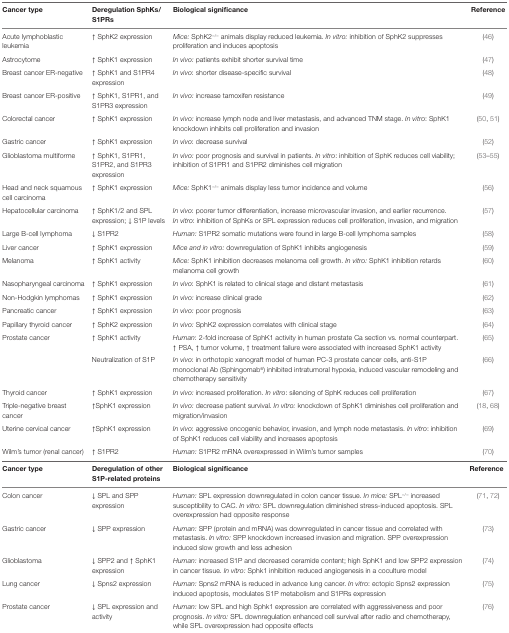
<table><thead><tr><td><b>Cancer type</b></td><td><b>Deregulation SphKs/S1PRs</b></td><td><b>Biological significance</b></td><td><b>Reference</b></td></tr></thead><tbody><tr><td>Acute lymphoblastic leukemia</td><td>↑ SphK2 expression</td><td><i>Mice</i>: SphK2<sup>−/−</sup> animals display reduced leukemia. <i>In vitro</i>: inhibition of SphK2 suppresses proliferation and induces apoptosis</td><td>(46)</td></tr><tr><td>Astrocytome</td><td>↑ SphK1 expression</td><td><i>In vivo</i>: patients exhibit shorter survival time</td><td>(47)</td></tr><tr><td>Breast cancer ER-negative</td><td>↑ SphK1 and S1PR4 expression</td><td><i>In vivo</i>: shorter disease-specific survival</td><td>(48)</td></tr><tr><td>Breast cancer ER-positive</td><td>↑ SphK1, S1PR1, and S1PR3 expression</td><td><i>In vivo</i>: increase tamoxifen resistance</td><td>(49)</td></tr><tr><td>Colorectal cancer</td><td>↑ SphK1 expression</td><td><i>In vivo</i>: increase lymph node and liver metastasis, and advanced TNM stage. <i>In vitro</i>: SphK1 knockdown inhibits cell proliferation and invasion</td><td>(50, 51)</td></tr><tr><td>Gastric cancer</td><td>↑ SphK1 expression</td><td><i>In vivo</i>: decrease survival</td><td>(52)</td></tr><tr><td>Glioblastoma multiforme</td><td>↑ SphK1, S1PR1, S1PR2, and S1PR3 expression</td><td><i>In vivo</i>: poor prognosis and survival in patients. <i>In vitro</i>: inhibition of SphK reduces cell viability; inhibition of S1PR1 and S1PR2 diminishes cell migration</td><td>(53–55)</td></tr><tr><td>Head and neck squamous cell carcinoma</td><td>↑ SphK1 expression</td><td><i>Mice</i>: SphK1<sup>−/−</sup> animals display less tumor incidence and volume</td><td>(56)</td></tr><tr><td>Hepatocellular carcinoma</td><td>↑ SphK1/2 and SPL expression; ↓ S1P levels</td><td><i>In vivo</i>: poorer tumor differentiation, increase microvascular invasion, and earlier recurrence. <i>In vitro</i>: inhibition of SphKs or SPL expression reduces cell proliferation, invasion, and migration</td><td>(57)</td></tr><tr><td>Large B-cell lymphoma</td><td>↓ S1PR2</td><td><i>Human</i>: S1PR2 somatic mutations were found in large B-cell lymphoma samples</td><td>(58)</td></tr><tr><td>Liver cancer</td><td>↑ SphK1 expression</td><td><i>Mice and in vitro</i>: downregulation of SphK1 inhibits angiogenesis</td><td>(59)</td></tr><tr><td>Melanoma</td><td>↑ SphK1 activity</td><td><i>Mice</i>: SphK1 inhibition decreases melanoma cell growth. <i>In vitro</i>: SphK1 inhibition retards melanoma cell growth</td><td>(60)</td></tr><tr><td>Nasopharyngeal carcinoma</td><td>↑ SphK1 expression</td><td><i>In vivo</i>: SphK1 is related to clinical stage and distant metastasis</td><td>(61)</td></tr><tr><td>Non-Hodgkin lymphomas</td><td>↑ SphK1 expression</td><td><i>In vivo</i>: increase clinical grade</td><td>(62)</td></tr><tr><td>Pancreatic cancer</td><td>↑ SphK1 expression</td><td><i>In vivo</i>: poor prognosis</td><td>(63)</td></tr><tr><td>Papillary thyroid cancer</td><td>↑ SphK2 expression</td><td><i>In vivo</i>: SphK2 expression correlates with clinical stage</td><td>(64)</td></tr><tr><td rowspan="2">Prostate cancer</td><td>↑ SphK1 activity</td><td><i>Human</i>: 2-fold increase of SphK1 activity in human prostate Ca section vs. normal counterpart. ↑ PSA, ↑ tumor volume, ↑ treatment failure were associated with increased SphK1 activity</td><td>(65)</td></tr><tr><td>Neutralization of S1P</td><td><i>In vivo</i>: in orthotopic xenograft model of human PC-3 prostate cancer cells, anti-S1P monoclonal Ab (Sphingomab<sup>®</sup>) inhibited intratumoral hypoxia, induced vascular remodeling and chemotherapy sensitivity</td><td>(66)</td></tr><tr><td>Thyroid cancer</td><td>↑ SphK1 expression</td><td><i>In vivo</i>: increased proliferation. <i>In vitro</i>: silencing of SphK reduces cell proliferation</td><td>(67)</td></tr><tr><td>Triple-negative breast cancer</td><td>↑SphK1 expression</td><td><i>In vivo</i>: decrease patient survival. <i>In vitro</i>: knockdown of SphK1 diminishes cell proliferation and migration/invasion</td><td>(18, 68)</td></tr><tr><td>Uterine cervical cancer</td><td>↑SphK1 expression</td><td><i>In vivo</i>: aggressive oncogenic behavior, invasion, and lymph node metastasis. <i>In vitro</i>: inhibition of SphK1 reduces cell viability and increases apoptosis</td><td>(69)</td></tr><tr><td>Wilm’s tumor (renal cancer)</td><td>↑ S1PR2</td><td><i>Human</i>: S1PR2 mRNA overexpressed in Wilm’s tumor samples</td><td>(70)</td></tr><tr><td><b>Cancer type</b></td><td><b>Deregulation of other S1P-related proteins</b></td><td><b>Biological significance</b></td><td><b>Reference</b></td></tr><tr><td>Colon cancer</td><td>↓ SPL and SPP expression</td><td><i>Human</i>: SPL expression downregulated in colon cancer tissue. <i>In mice</i>: SPL<sup>−/−</sup> increased susceptibility to CAC. <i>In vitro</i>: SPL downregulation diminished stress-induced apoptosis. SPL overexpression had opposite response</td><td>(71, 72)</td></tr><tr><td>Gastric cancer</td><td>↓ SPP expression</td><td><i>Human</i>: SPP (protein and mRNA) was downregulated in cancer tissue and correlated with metastasis. <i>In vitro</i>: SPP knockdown increased invasion and migration. SPP overexpression induced slow growth and less adhesion</td><td>(73)</td></tr><tr><td>Glioblastoma</td><td>↓ SPP2 and ↑ SphK1 expression</td><td><i>Human</i>: increased S1P and decreased ceramide content; high SphK1 and low SPP2 expression in cancer tissue. <i>In vitro</i>: Sphk1 inhibition reduced angiogenesis in a coculture model</td><td>(74)</td></tr><tr><td>Lung cancer</td><td>↓ Spns2 expression</td><td><i>Human</i>: Spns2 mRNA is reduced in advance lung cancer. <i>In vitro</i>: ectopic Spns2 expression induced apoptosis, modulates S1P metabolism and S1PRs expression</td><td>(75)</td></tr><tr><td>Prostate cancer</td><td>↓ SPL expression and activity</td><td><i>Human</i>: low SPL and high Sphk1 expression are correlated with aggressiveness and poor prognosis. <i>In vitro</i>: SPL downregulation enhanced cell survival after radio and chemotherapy, while SPL overexpression had opposite effects</td><td>(76)</td></tr></tbody></table>